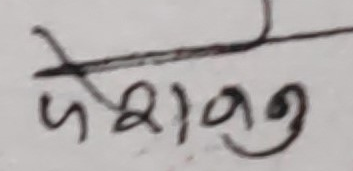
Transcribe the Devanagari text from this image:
पेशानु